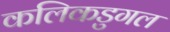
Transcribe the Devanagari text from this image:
कलिकडुगल